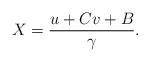
LaTeX: \begin{align*} X = \frac{u+Cv+B}{\gamma}.\end{align*}